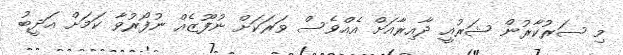
މި ސަރުކާރުން ޝަރުއީ ދާއިރާއަށް އެއްވެސް ވަރަކަށް ނުފޫޒެއް ނުފޯރުވާ ކަމަށް އަދީބު